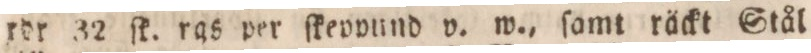
rdr 32 ſk. rgs per ſkevpund v. w., ſamt räckt Stål